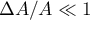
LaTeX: \Delta A / A \ll 1